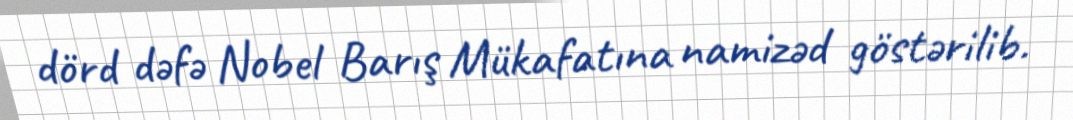
dörd dəfə Nobel Barış Mükafatına namizəd göstərilib.